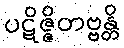
ပဋိဇ္ဇိတဗ္ဗန္တိ